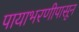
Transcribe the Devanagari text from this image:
पायाभरणीपासून